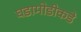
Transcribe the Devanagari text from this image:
घडामोडीकडे